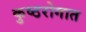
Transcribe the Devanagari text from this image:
कुष्ठरोगात